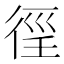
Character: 𢔉